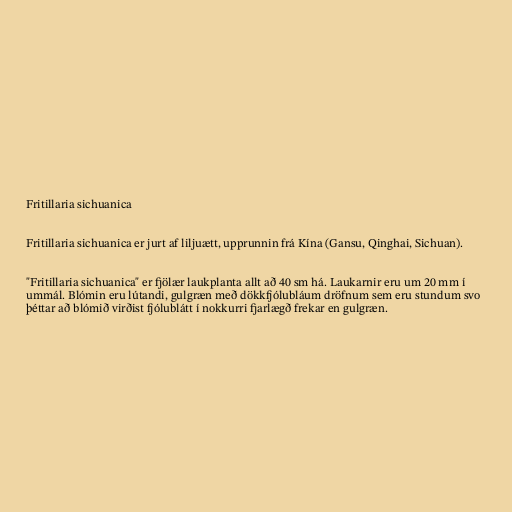
Fritillaria sichuanica

Fritillaria sichuanica er jurt af liljuætt, upprunnin frá Kína (Gansu, Qinghai, Sichuan).

"Fritillaria sichuanica" er fjölær laukplanta allt að 40 sm há. Laukarnir eru um 20 mm í
ummál. Blómin eru lútandi, gulgræn með dökkfjólubláum dröfnum sem eru stundum svo
þéttar að blómið virðist fjólublátt í nokkurri fjarlægð frekar en gulgræn.